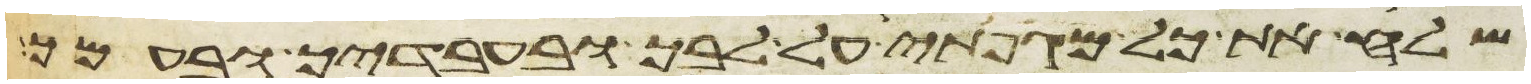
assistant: שלח את כל מגפתי על לבך ובעבדיך ובעמך